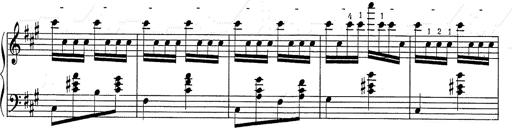
Title: Hungarian Rhapsody No.2
Composer: Franz Liszt
Key: C-sharp minor